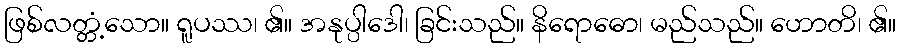
ဖြစ်လတ္တံ့သော။ ရူပဿ၊ ၏။ အနုပ္ပါဒေါ၊ ခြင်းသည်။ နိရောဓော၊ မည်သည်။ ဟောတိ၊ ၏။